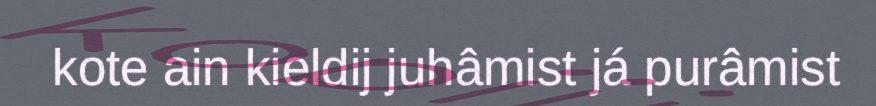
kote ain kieldij juhâmist já purâmist